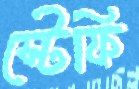
স্টেফি